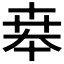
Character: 𠦪